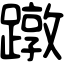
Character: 蹾